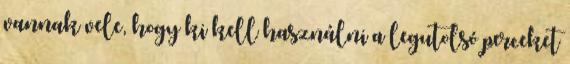
vannak vele, hogy ki kell használni a legutolsó perceket